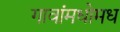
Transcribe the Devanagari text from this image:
गावांमधोमध